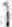
1